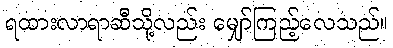
ရထားလာရာဆီသို့လည်း မျှော်ကြည့်လေသည်။